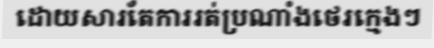
ដោយសារតែការរត់ប្រណាំងថេរក្មេងៗ